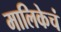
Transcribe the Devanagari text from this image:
मालिकेचं